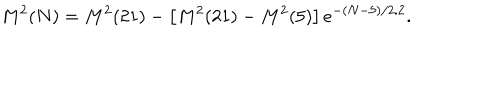
M ^ { 2 } ( N ) = M ^ { 2 } ( 2 1 ) - \left[ M ^ { 2 } ( 2 1 ) - M ^ { 2 } ( 5 ) \right] e ^ { - ( N - 5 ) / 2 . 2 } .